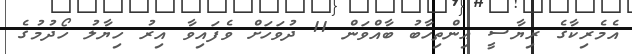
އެމެރިކާގެ ރިޔާސީ އިންތިހާބު ބާއްވަން 11 ދުވަހަށް ވެފައިވާ އިރު ހިޔާލު ހޯދުމުގެ